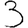
Digit: 3